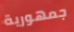
جمهورية